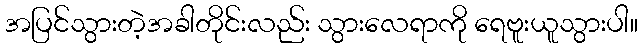
အပြင်သွားတဲ့အခါတိုင်းလည်း သွားလေရာကို ရေဗူးယူသွားပါ။